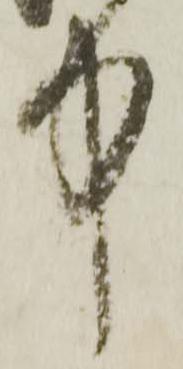
中